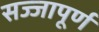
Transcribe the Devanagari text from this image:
सज्जापूर्ण